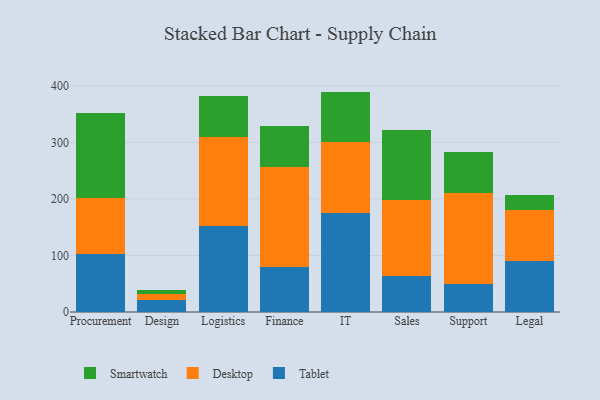
{"axis": {"x": "Department", "y": "Page Views"}, "legend": ["Desktop", "Smartwatch", "Tablet"], "data": [{"x": "Procurement", "y": 103.2, "type": "Tablet"}, {"x": "Procurement", "y": 98.3, "type": "Desktop"}, {"x": "Procurement", "y": 149.8, "type": "Smartwatch"}, {"x": "Design", "y": 21.7, "type": "Tablet"}, {"x": "Design", "y": 9.8, "type": "Desktop"}, {"x": "Design", "y": 7.8, "type": "Smartwatch"}, {"x": "Logistics", "y": 152.2, "type": "Tablet"}, {"x": "Logistics", "y": 157.9, "type": "Desktop"}, {"x": "Logistics", "y": 72.2, "type": "Smartwatch"}, {"x": "Finance", "y": 78.9, "type": "Tablet"}, {"x": "Finance", "y": 176.9, "type": "Desktop"}, {"x": "Finance", "y": 73.3, "type": "Smartwatch"}, {"x": "IT", "y": 174.4, "type": "Tablet"}, {"x": "IT", "y": 126.8, "type": "Desktop"}, {"x": "IT", "y": 88.5, "type": "Smartwatch"}, {"x": "Sales", "y": 63.4, "type": "Tablet"}, {"x": "Sales", "y": 135.3, "type": "Desktop"}, {"x": "Sales", "y": 122.5, "type": "Smartwatch"}, {"x": "Support", "y": 49.0, "type": "Tablet"}, {"x": "Support", "y": 162.3, "type": "Desktop"}, {"x": "Support", "y": 71.4, "type": "Smartwatch"}, {"x": "Legal", "y": 90.8, "type": "Tablet"}, {"x": "Legal", "y": 90.0, "type": "Desktop"}, {"x": "Legal", "y": 25.2, "type": "Smartwatch"}]}